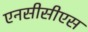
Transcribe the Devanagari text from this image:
एनसीसीएस